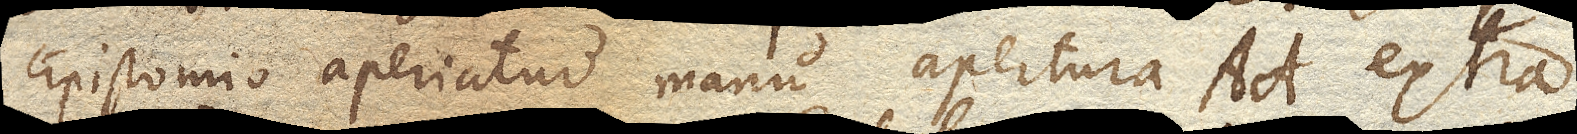
Epistomio aperiatur manu apertura AA. extra